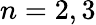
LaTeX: n=2,3